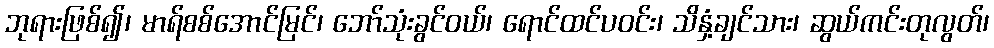
ဘုရားဖြစ်၍၊ မာရ်စစ်အောင်မြင်၊ ဘော်သုံးခွင်ဝယ်၊ ရောင်ထင်ပဝင်း၊ သိနှံ့ချင်သား၊ ဆွယ်ကင်းတုလွတ်၊